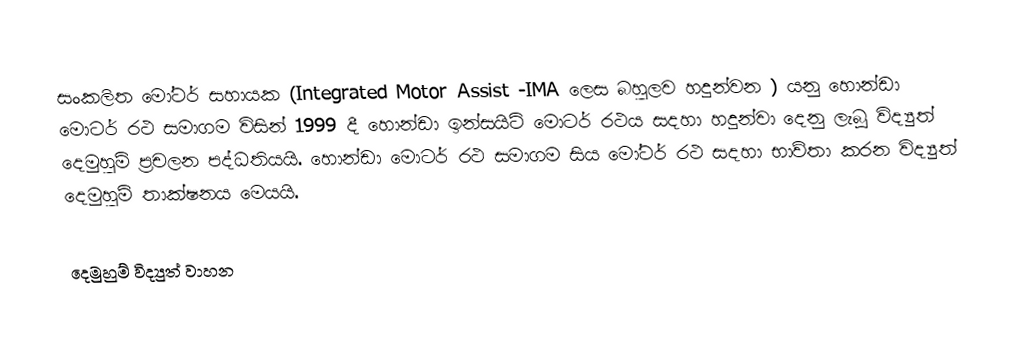
සංකලිත මෝටර් සහායක (Integrated Motor Assist  -IMA ලෙස බහුලව හදුන්වන ) යනු හොන්ඩා මොටර් රථ සමාගම විසින් 1999 දී හොන්ඩා ඉන්සයිට් මොටර් රථය සදහා  හදුන්වා දෙනු ලැබූ විද්‍යුත් දෙමුහුම් ප්‍රචලන පද්ධතියයි. හොන්ඩා මොටර් රථ සමාගම සිය මෝටර් රථ සදහා භාව්තා කරන    විද්‍යුත් දෙමුහුම් තාක්ෂනය මෙයයි.

දෙමුහුම් විද්‍යුත් වාහන